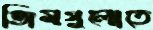
জিমগুলোতে